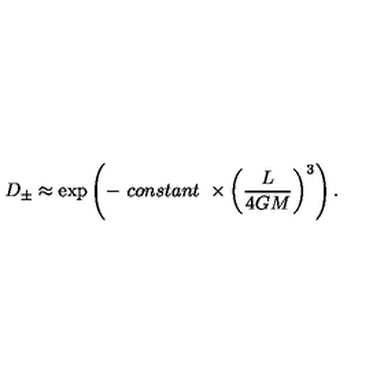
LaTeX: D _ { \pm } \approx \exp \left( - \ c o n s t a n t \ \times \left( \frac { L } { 4 G M } \right) ^ { 3 } \right) .